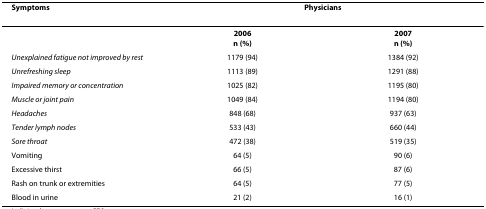
<table><thead><tr><td><b>Symptoms</b></td><td colspan="2"><b>Physicians</b></td></tr></thead><tbody><tr><td></td><td><b>2006</b><b>n (%)</b></td><td><b>2007</b><b>n (%)</b></td></tr><tr><td><i>Unexplained fatigue not improved by rest</i></td><td>1179 (94)</td><td>1384 (92)</td></tr><tr><td><i>Unrefreshing sleep</i></td><td>1113 (89)</td><td>1291 (88)</td></tr><tr><td><i>Impaired memory or concentration</i></td><td>1025 (82)</td><td>1195 (80)</td></tr><tr><td><i>Muscle or joint pain</i></td><td>1049 (84)</td><td>1194 (80)</td></tr><tr><td><i>Headaches</i></td><td>848 (68)</td><td>937 (63)</td></tr><tr><td><i>Tender lymph nodes</i></td><td>533 (43)</td><td>660 (44)</td></tr><tr><td><i>Sore throat</i></td><td>472 (38)</td><td>519 (35)</td></tr><tr><td>Vomiting</td><td>64 (5)</td><td>90 (6)</td></tr><tr><td>Excessive thirst</td><td>66 (5)</td><td>87 (6)</td></tr><tr><td>Rash on trunk or extremities</td><td>64 (5)</td><td>77 (5)</td></tr><tr><td>Blood in urine</td><td>21 (2)</td><td>16 (1)</td></tr></tbody></table>